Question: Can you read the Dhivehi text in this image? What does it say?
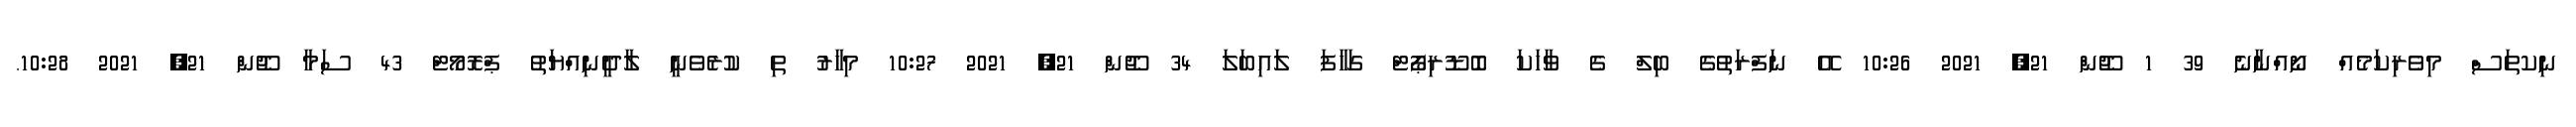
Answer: ނިކތަސް މިވެރިކަމެއް ނޯއްނާނެ 39 1 ޖޫން 21, 2021 10:26 އޭ ނަފްރަތުގެ ބިލް ގެ ވާހަކަ ބޮޑޫރިޕޯޓް ގަހާފަ ލައިބަލަ 34 ޖޫން 21, 2021 10:27 މިހާރު ތި ކުރެވެނީ ލާދީނިއްޔަތު ޕްރޮމޯޓް 43 ސަމާ ޖޫން 21, 2021 10:28.